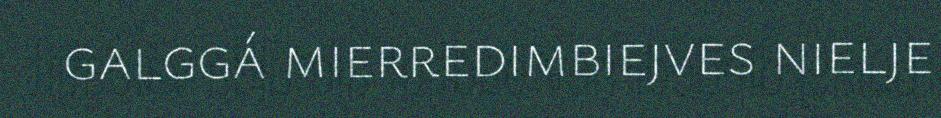
galggá mierredimbiejves nielje